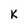
Character: K